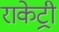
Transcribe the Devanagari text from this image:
राकेट्री